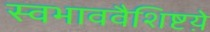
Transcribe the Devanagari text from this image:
स्वभाववैशिष्टय़े